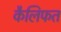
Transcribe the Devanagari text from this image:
कैलिफत